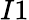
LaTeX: I1